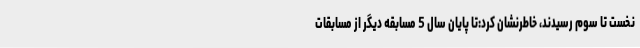
نخست تا سوم رسیدند، خاطرنشان کرد:تا پایان سال 5 مسابقه دیگر از مسابقات